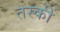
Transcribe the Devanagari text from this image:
तस्कीं